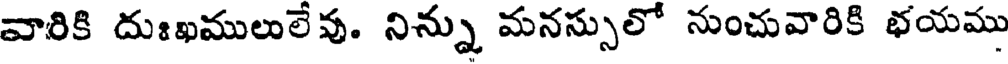
వారికి దుఃఖములులేవు. నిన్ను మనస్సులో నుంచువారికి భయము